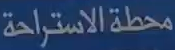
محطة الاستراحة